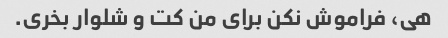
هی، فراموش نکن برای من کت و شلوار بخری.